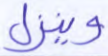
وينزل